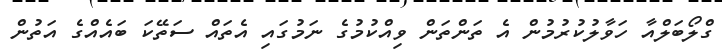
ގްލޯބަލްއާ ހަވާލުކުރުމުން އެ ތަންތަން ވިއްކުމުގެ ނަމުގައި އެތައް ސަތޭކަ ބައެއްގެ އަތުން